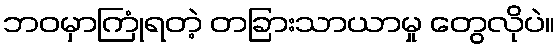
ဘဝမှာကြုံရတဲ့ တခြားသာယာမှု တွေလိုပဲ။